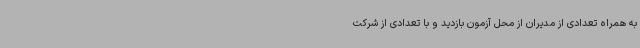
به همراه تعدادی از مدیران از محل آزمون بازدید و با تعدادی از شرکت